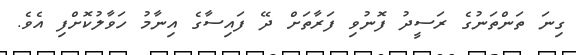
ގިނަ ތަންތަނުގެ ރަސީދު ފޮނުވި ފަރާތަށް ދޭ ފައިސާގެ އިނާމު ހަވާލުކޮށްފި އެވެ.